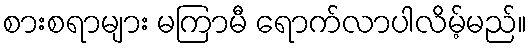
စားစရာများ မကြာမီ ရောက်လာပါလိမ့်မည်။